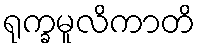
ရုက္ခမူလိကာတိ